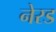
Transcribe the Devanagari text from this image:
नेरड